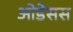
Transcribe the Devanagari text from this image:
ओडेसस